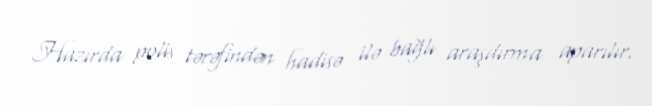
Hazırda polis tərəfindən hadisə ilə bağlı araşdırma aparılır.